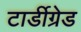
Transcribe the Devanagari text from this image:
टार्डीग्रेड